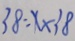
3 8 = x \times 3 8